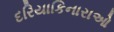
દરિયાકિનારાઓ